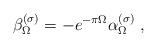
LaTeX: \begin{align*}\beta_\Omega^{(\sigma)}=-e^{-\pi\Omega}\alpha_\Omega^{(\sigma)}\ ,\end{align*}